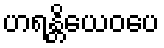
ဟရန္တိယေဝပေ